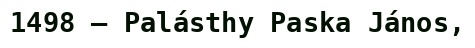
1498 – Palásthy Paska János,